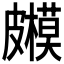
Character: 𥀳